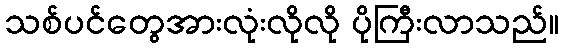
သစ်ပင်တွေအားလုံးလိုလို ပိုကြီးလာသည်။